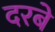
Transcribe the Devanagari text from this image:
दरबे